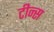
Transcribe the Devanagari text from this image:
टीन्स